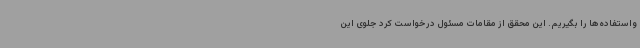
واستفاده‌ها را بگیریم. این محقق از مقامات مسئول درخواست کرد جلوی این